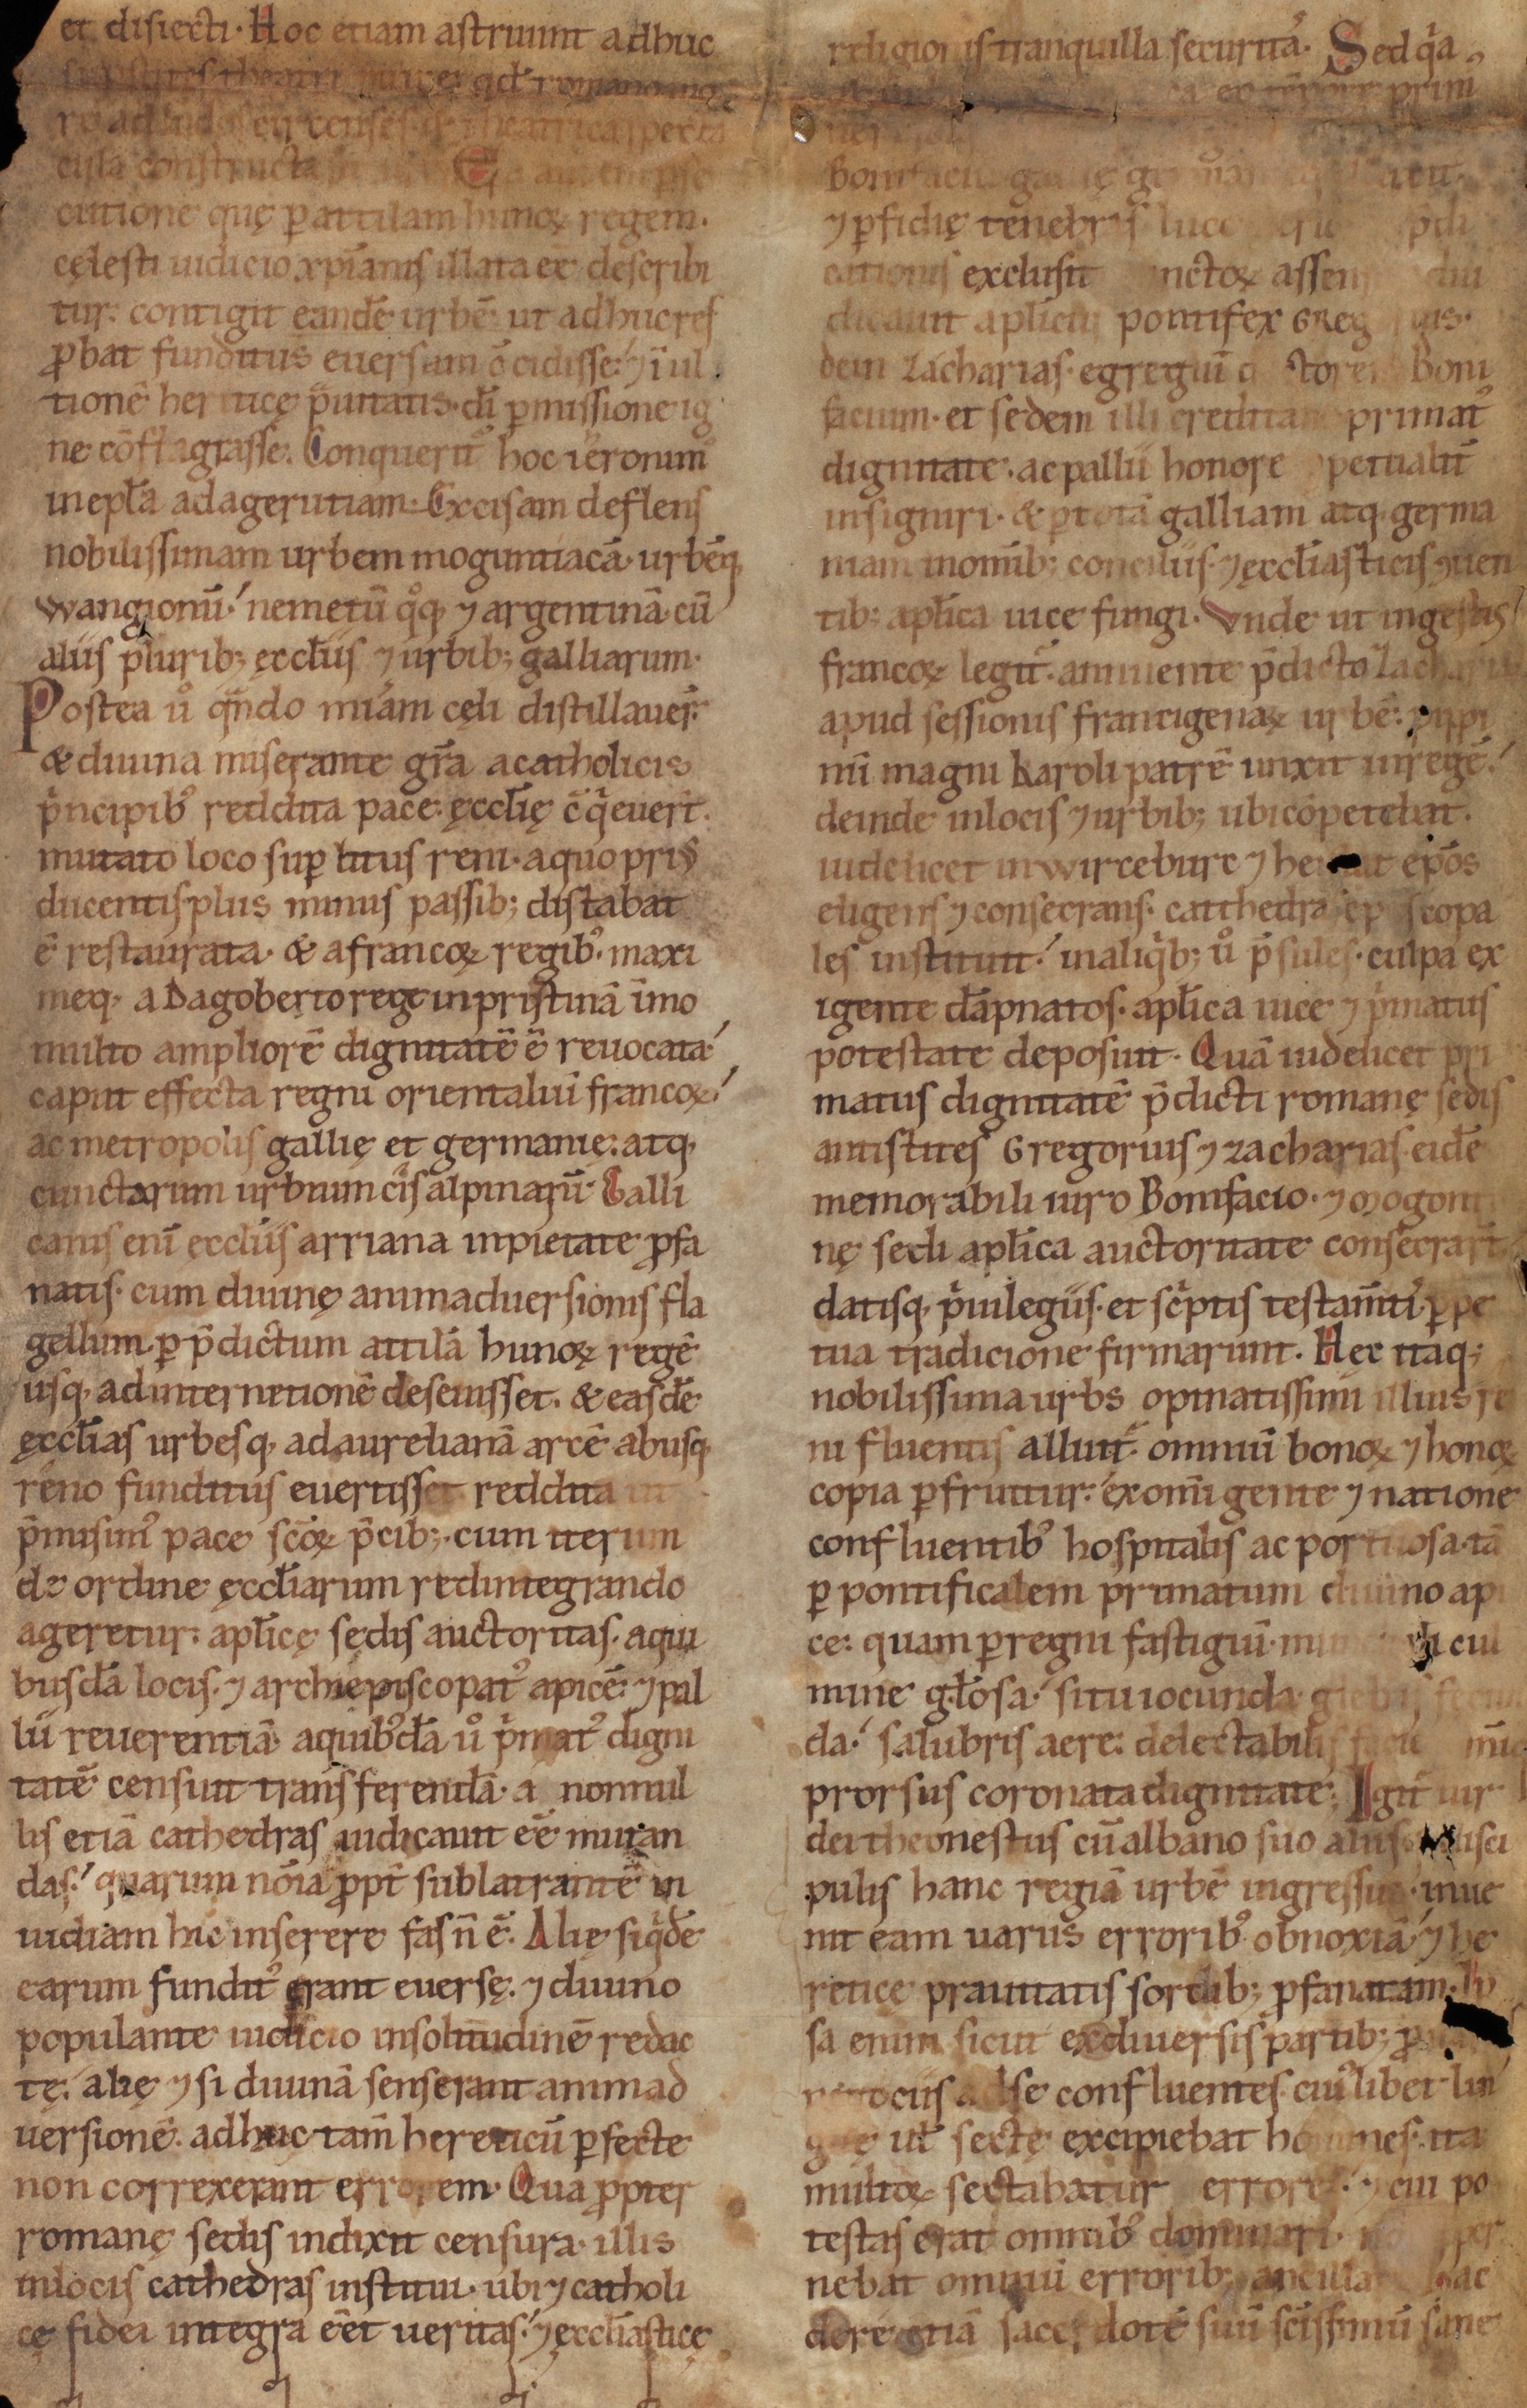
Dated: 1141–1170